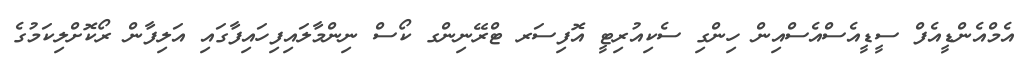
އެމްއެންޑީއެފް ސީޑީއެސްއެސްއިން ހިންގި ސެކިއުރިޓީ އޮފިސަރ ޓްރޭނިންގ ކޯސް ނިންމާލައިފިހައިފާގައި އަލިފާން ރޯކޮށްލިކަމުގެ